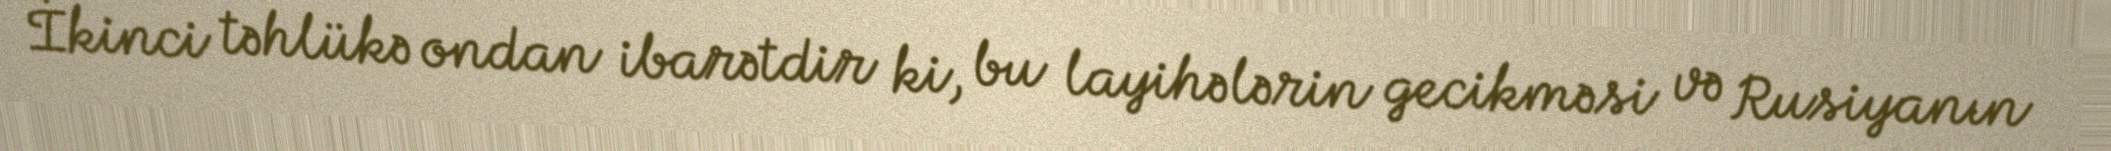
İkinci təhlükə ondan ibarətdir ki, bu layihələrin gecikməsi və Rusiyanın